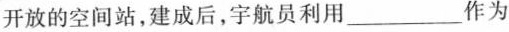
开放的空间站，建成后，宇航员利用___作为